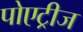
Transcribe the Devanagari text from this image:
पोएट्रीज